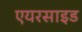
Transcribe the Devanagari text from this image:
एयरसाइड